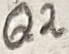
Text: Q2